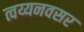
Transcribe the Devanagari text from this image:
त्वय्यनवसर